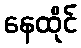
နေထိုင်